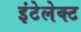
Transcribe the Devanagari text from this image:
इंटेलेक्ट